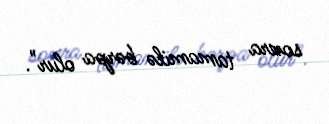
sonra tamamilə bərpa olur".